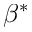
\beta ^ { * }